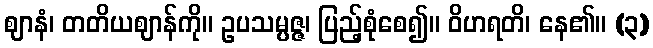
ဈာနံ၊ တတိယဈာန်ကို။ ဥပသမ္ပဇ္ဇ၊ ပြည့်စုံစေ၍။ ဝိဟရတိ၊ နေ၏။ (၃)